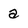
Character: a